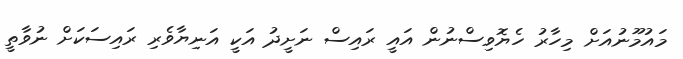
މައުމޫނުއަށް މިހާރު ހެޔޮވިސްނުން އައީ ރައިސް ނަށީދު އަކީ އަނިޔާވެރި ރައިސަކަށް ނުވާތީ